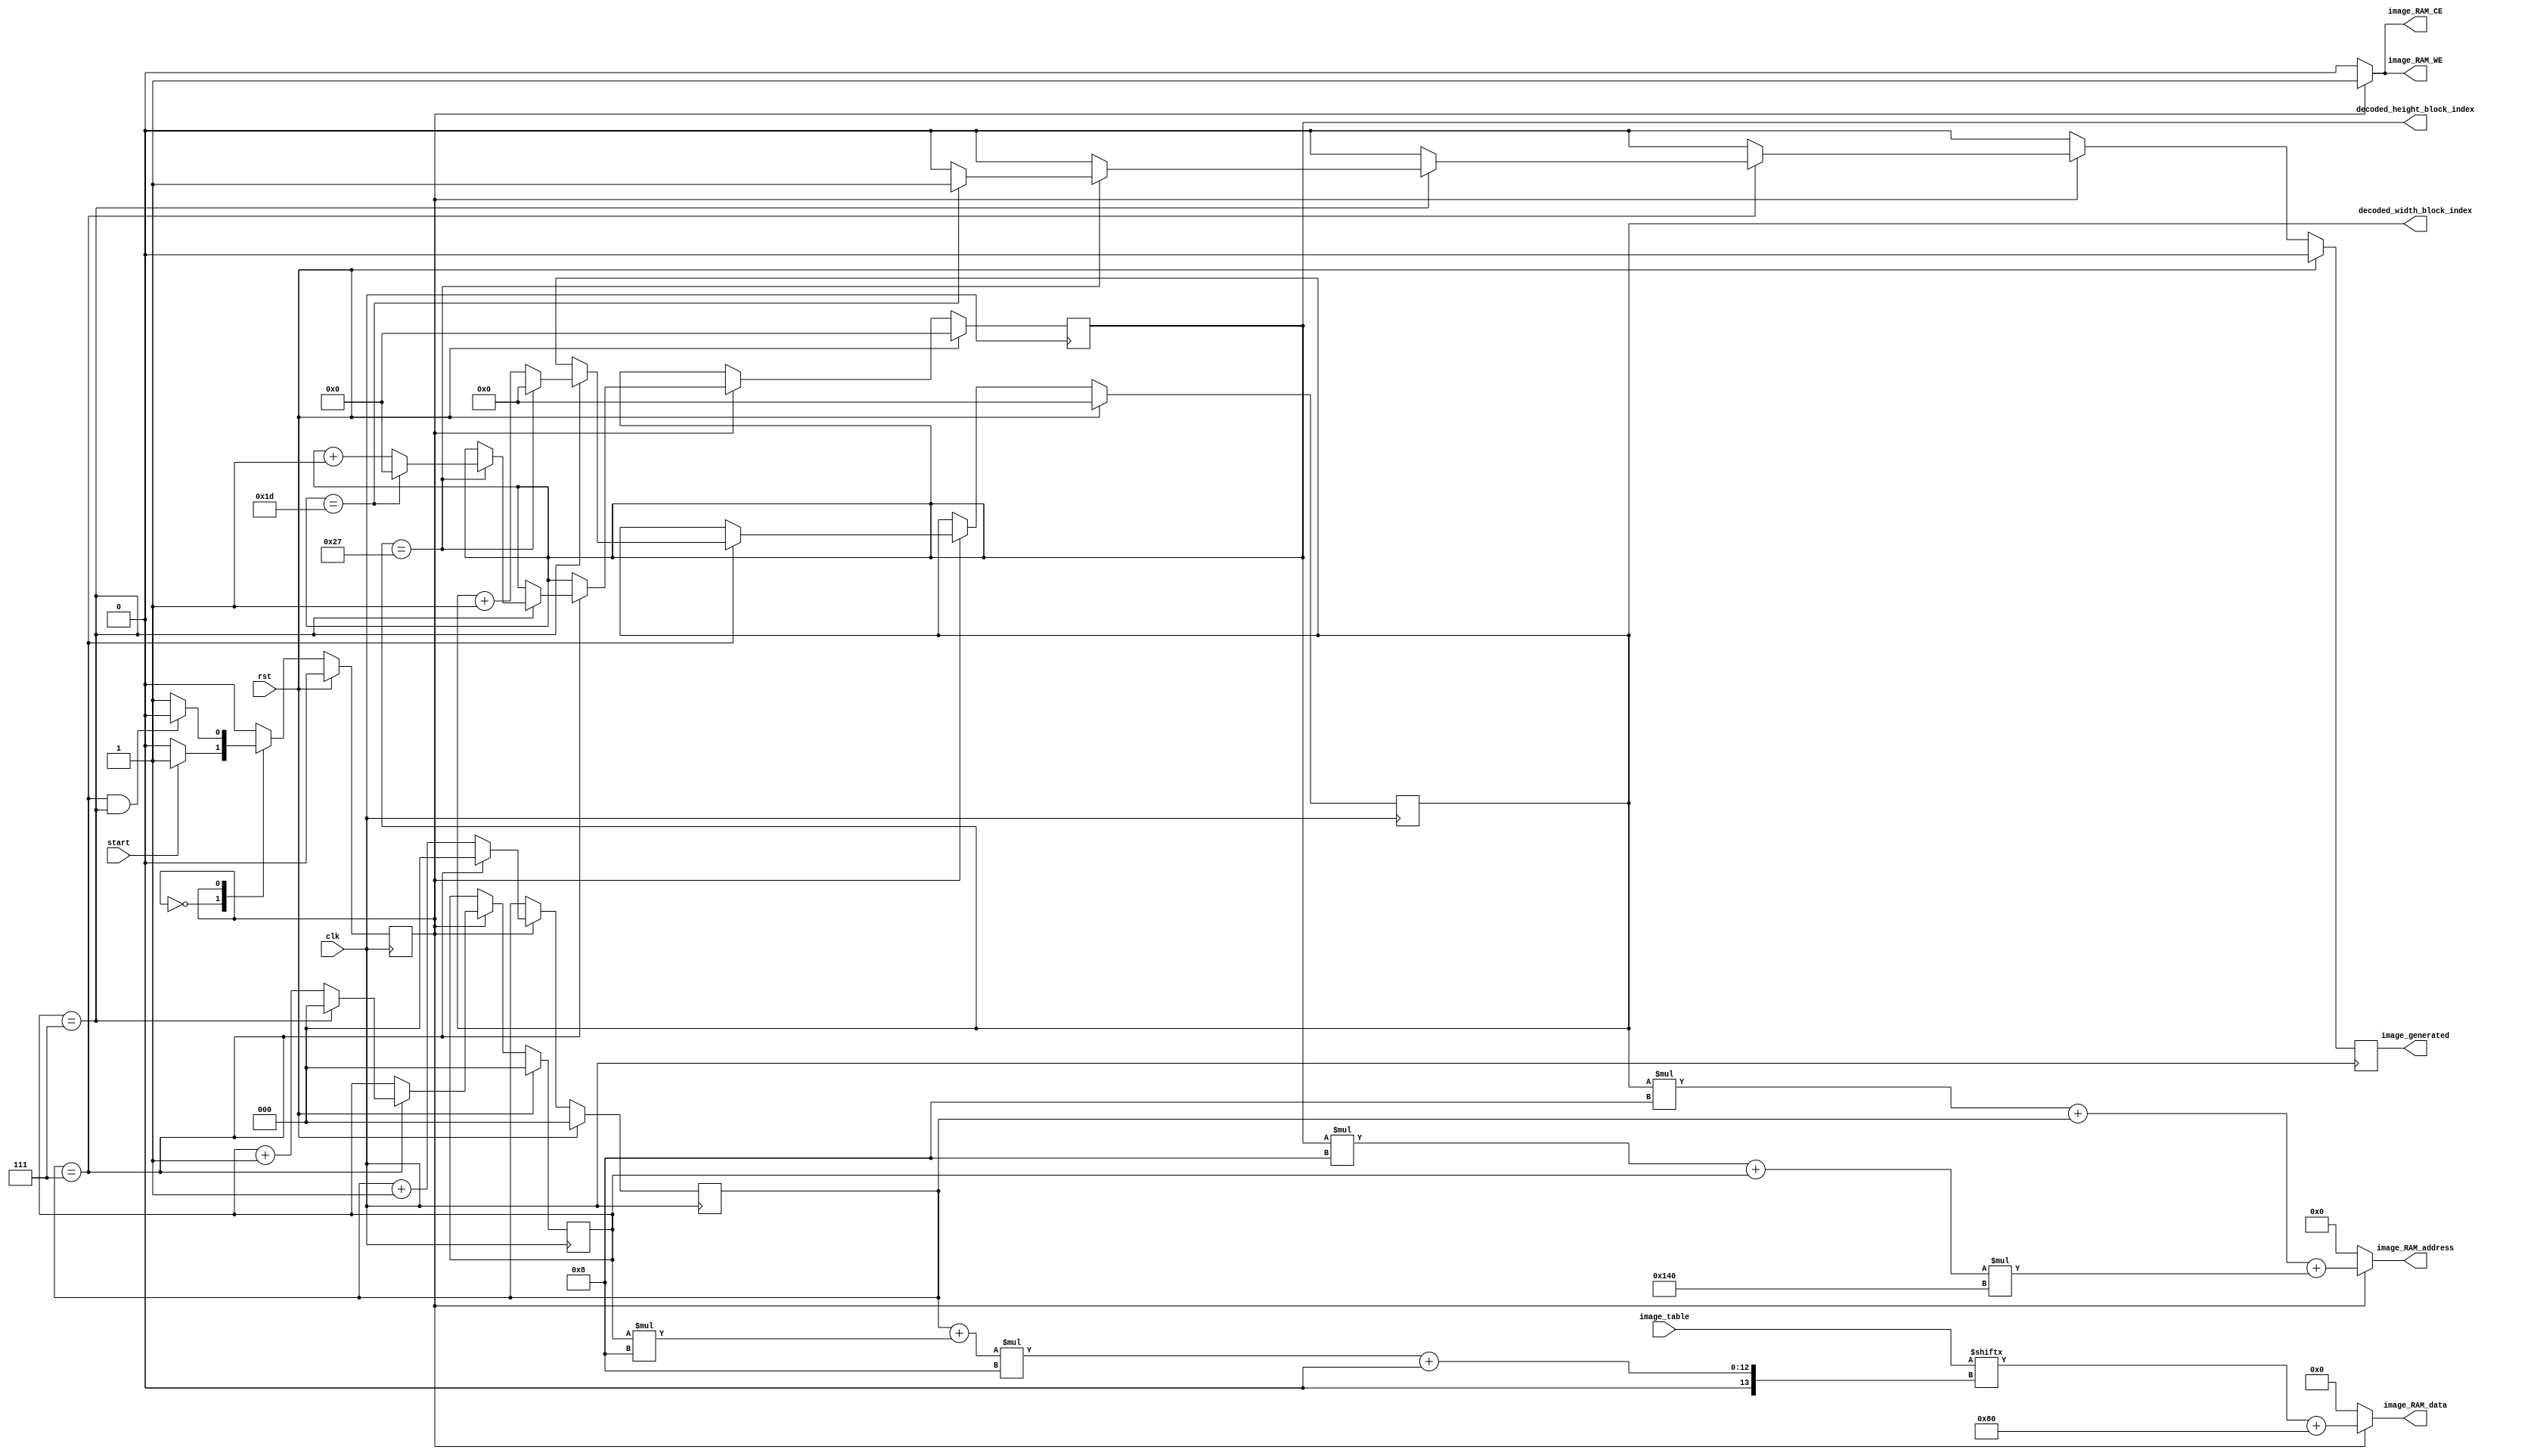
module Image_Generator
#(
    parameter IMAGE_WIDTH = 320,
    parameter IMAGE_HEIGHT = 240,
    parameter PIXEL_WIDTH = 8,
    parameter DC_OFFSET = 128,
    parameter TABLE_SIZE = 64,
    parameter TABLE_EDGE_SIZE = $rtoi($sqrt(TABLE_SIZE)),
    parameter BLOCK_WIDTH_SIZE = IMAGE_WIDTH/TABLE_EDGE_SIZE,
    parameter BLOCK_WIDTH_INDEX_SIZE = $rtoi($ceil($clog2(BLOCK_WIDTH_SIZE))),
    parameter BLOCK_HEIGHT_SIZE = IMAGE_HEIGHT/TABLE_EDGE_SIZE,
    parameter BLOCK_HEIGHT_INDEX_SIZE = $rtoi($ceil($clog2(BLOCK_HEIGHT_SIZE))),
    parameter IMAGE_RAM_ADDRESS_WIDTH = $rtoi($ceil($clog2(IMAGE_WIDTH*IMAGE_HEIGHT)))
)(
    input clk, rst,
    input[TABLE_SIZE*PIXEL_WIDTH-1:0] image_table,
    input start,
    output reg[IMAGE_RAM_ADDRESS_WIDTH-1:0] image_RAM_address,
    output reg[PIXEL_WIDTH-1:0] image_RAM_data,
    output reg image_RAM_CE, image_RAM_WE,
    output[BLOCK_WIDTH_INDEX_SIZE-1:0] decoded_width_block_index,
    output[BLOCK_HEIGHT_INDEX_SIZE-1:0] decoded_height_block_index,
    output reg image_generated
);
    //Constants
    localparam TABLE_EDGE_INDEX_SIZE = $rtoi($ceil($clog2(TABLE_EDGE_SIZE)));
    
    //States
    localparam WAIT_FOR_TABLE = 0;
    localparam GENERATE_IMAGE = 1;

    //Registers
    reg state;
    reg[BLOCK_WIDTH_INDEX_SIZE-1:0] block_width_index;
    reg[BLOCK_HEIGHT_INDEX_SIZE-1:0] block_height_index;
    reg[TABLE_EDGE_INDEX_SIZE-1:0] table_width_index;
    reg[TABLE_EDGE_INDEX_SIZE-1:0] table_height_index;
    
    assign decoded_width_block_index = block_width_index;
    assign decoded_height_block_index = block_height_index;

    //Control signals
    always @(*) begin
        image_RAM_address <= {IMAGE_RAM_ADDRESS_WIDTH{1'b0}};
        image_RAM_data <= {PIXEL_WIDTH{1'b0}};
        image_RAM_CE <= 1'b0;
        image_RAM_WE <= 1'b0;
        
        if(state == GENERATE_IMAGE) begin
            image_RAM_address <= block_width_index*TABLE_EDGE_SIZE + table_width_index + (block_height_index*TABLE_EDGE_SIZE + table_height_index)*IMAGE_WIDTH;
            image_RAM_data <= image_table[(table_width_index + table_height_index*TABLE_EDGE_SIZE)*PIXEL_WIDTH +: PIXEL_WIDTH] + DC_OFFSET;
            image_RAM_CE <= 1'b1;
            image_RAM_WE <= 1'b1;
        end
    end

    //State control
    always @(posedge clk) begin
        if(rst) begin
            state <= WAIT_FOR_TABLE;
        end else begin
            case(state)
                WAIT_FOR_TABLE: begin
                    if(start) begin
                        state <= GENERATE_IMAGE;
                    end
                end
                GENERATE_IMAGE: begin
                    if(table_width_index == TABLE_EDGE_SIZE-1 && table_height_index == TABLE_EDGE_SIZE-1) begin
                        state <= WAIT_FOR_TABLE;
                    end
                end
                
            endcase
        end
    end

    //Index increment
    always @(posedge clk) begin
        if(rst) begin
            block_width_index <= {BLOCK_WIDTH_INDEX_SIZE{1'b0}};
            block_height_index <= {BLOCK_HEIGHT_INDEX_SIZE{1'b0}};
            table_width_index <= {TABLE_EDGE_INDEX_SIZE{1'b0}};
            table_height_index <= {TABLE_EDGE_INDEX_SIZE{1'b0}};
            image_generated <= 1'b0;
        end else begin
            image_generated <= 1'b0;
        
            if(state == GENERATE_IMAGE) begin
                if(table_width_index == TABLE_EDGE_SIZE-1) begin
                    table_width_index <= {TABLE_EDGE_INDEX_SIZE{1'b0}};
                
                    if(table_height_index == TABLE_EDGE_SIZE-1) begin
                        table_height_index <= {TABLE_EDGE_INDEX_SIZE{1'b0}};
                        
                        if(block_width_index == BLOCK_WIDTH_SIZE-1) begin
                            block_width_index <= {BLOCK_WIDTH_INDEX_SIZE{1'b0}};
                            
                            if(block_height_index == BLOCK_HEIGHT_SIZE-1) begin
                                block_height_index <= {BLOCK_HEIGHT_INDEX_SIZE{1'b0}};
                                image_generated <= 1'b1;
                            end else begin
                                block_height_index <= block_height_index + 1;
                            end
                        end else begin
                            block_width_index <= block_width_index + 1;
                        end
                    end else begin
                        table_height_index <= table_height_index + 1;
                    end
                end else begin
                    table_width_index <= table_width_index + 1;
                end
            end
        end
    end

endmodule